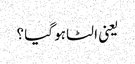
یعنی الٹا ہو گیا ؟